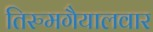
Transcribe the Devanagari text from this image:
तिरुमगैयालवार